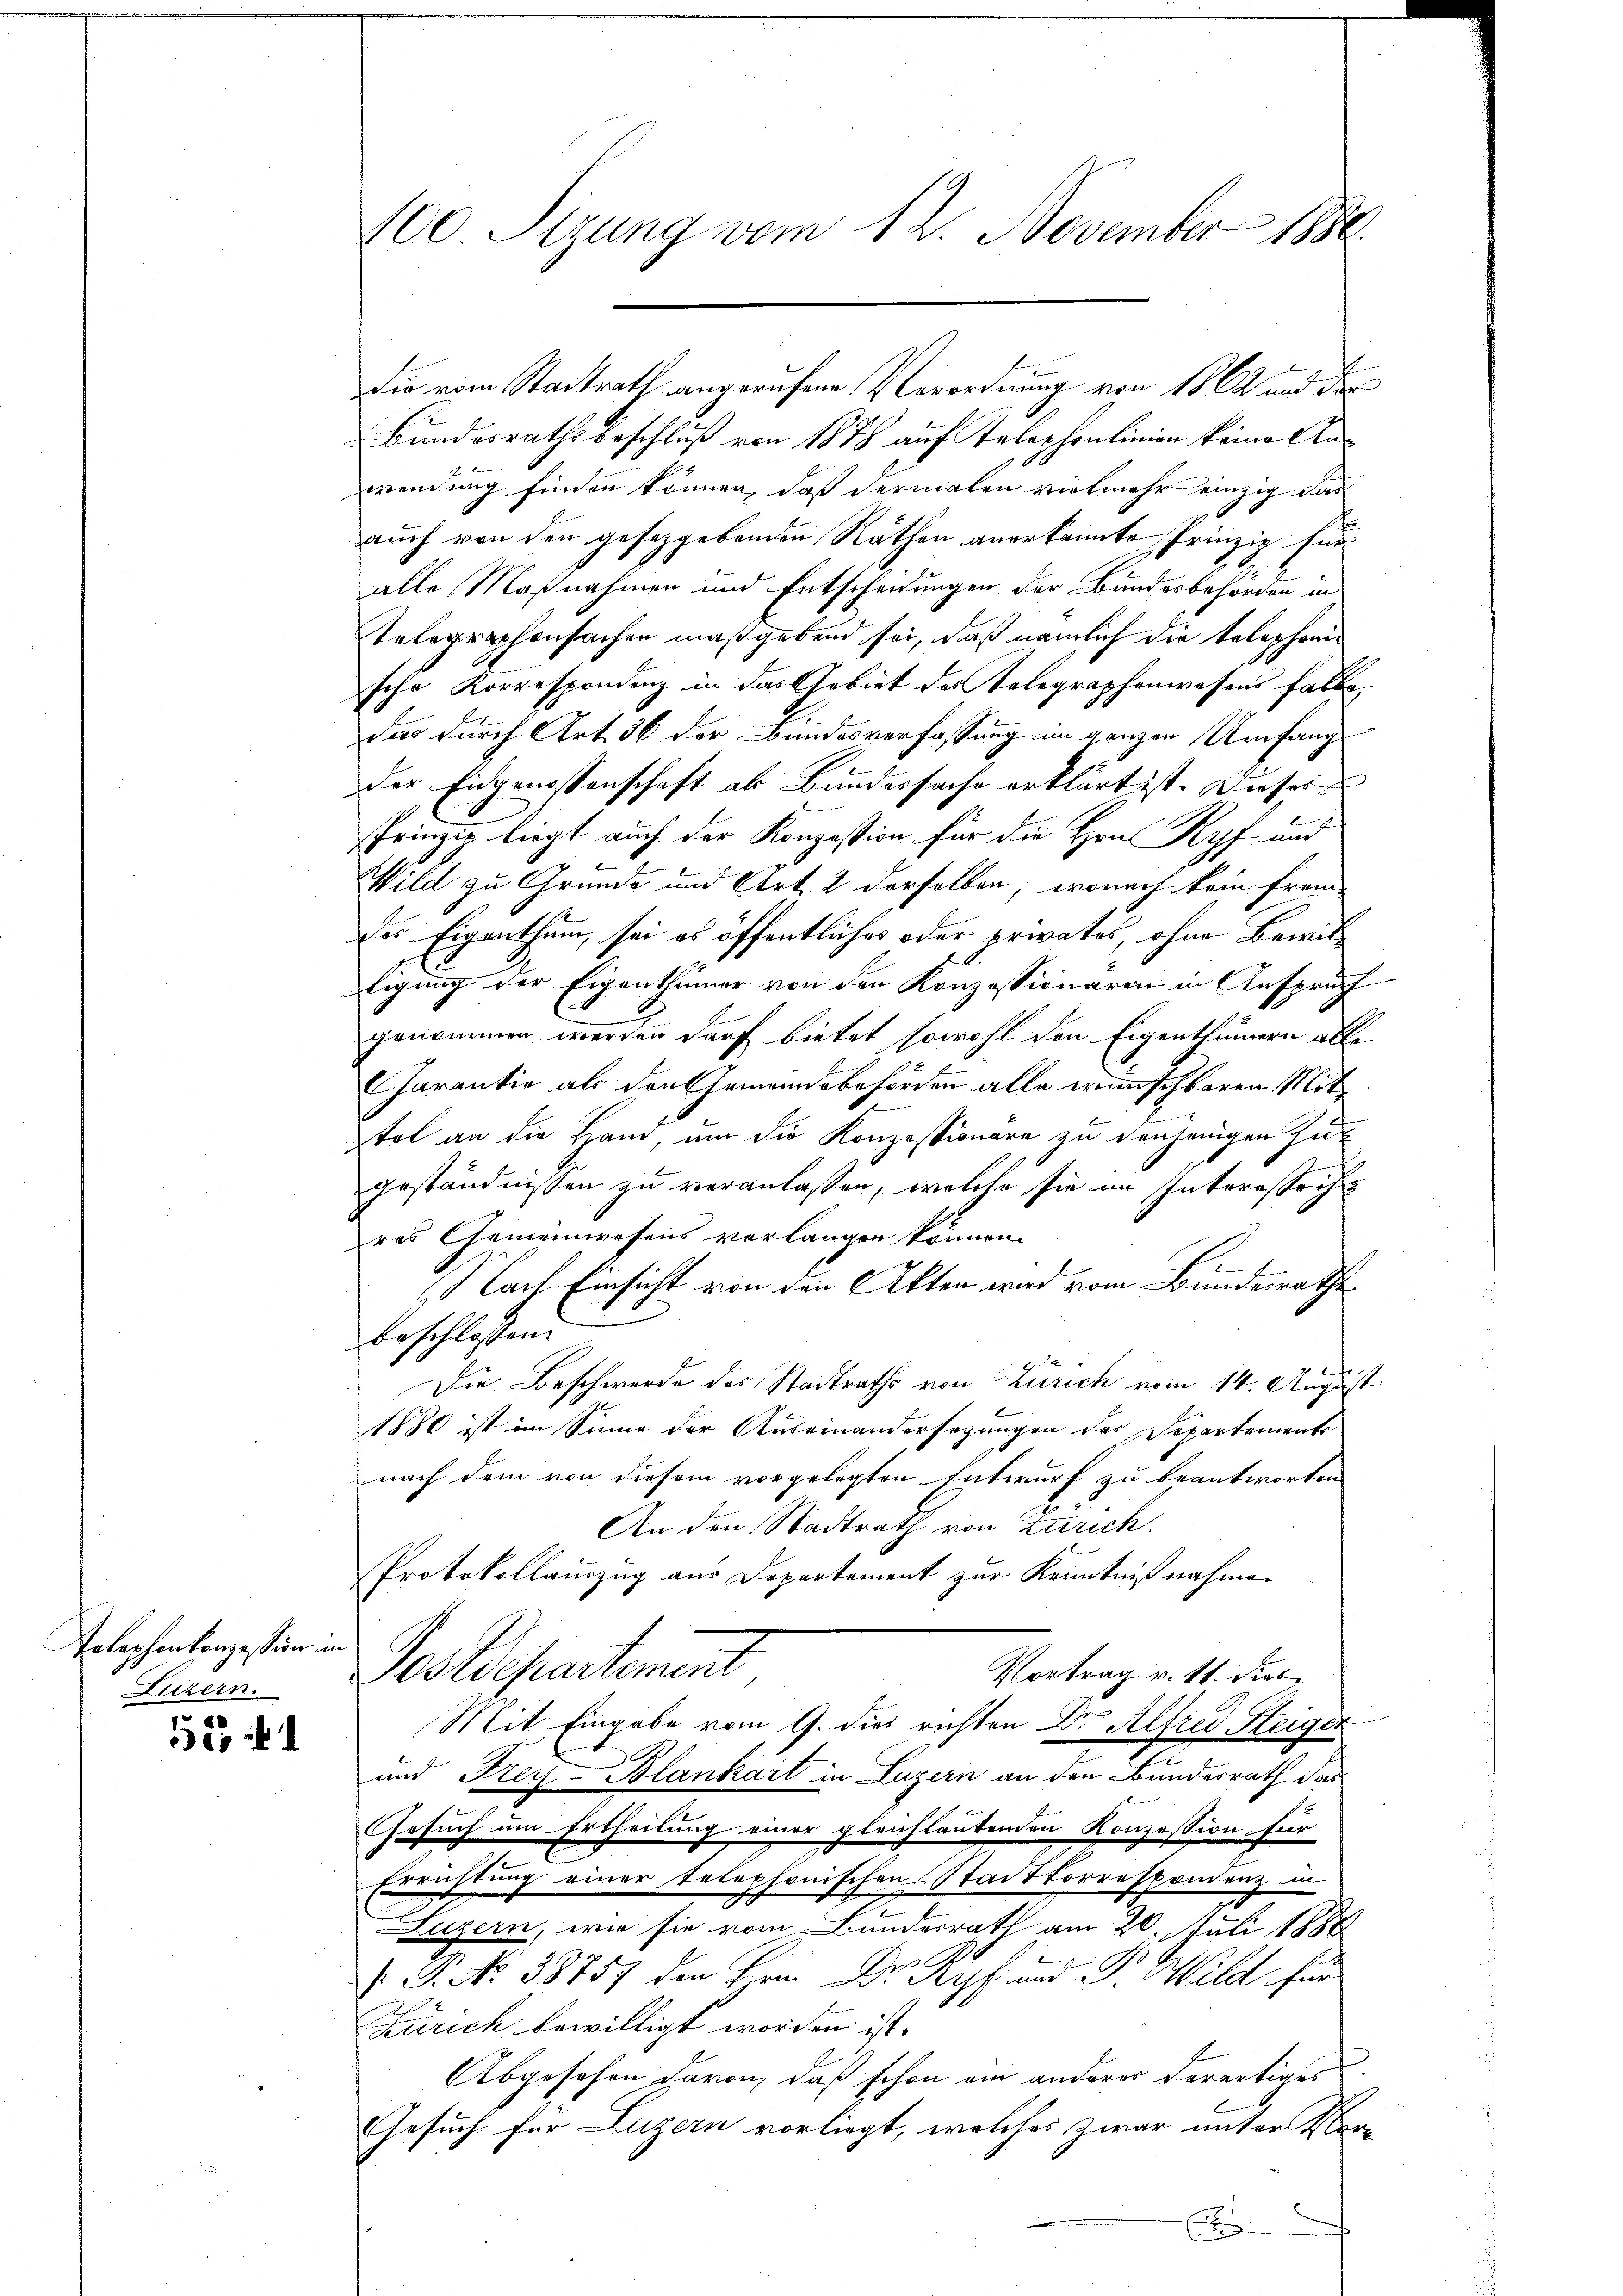
Telephontanzession im

5

100 Sizung vom 12. November 1880

Die vom Stadtrath angerufene Verordnung von 1862 und der
Bundesrathsbeschluß von 1878 auf Telephonlinien keine Anwendung finden können, daß dermalen vielmehr einzig das
auch von den gesetzgebenden Räthen anerkannte Prinzip für
alle Maßnahmen und Entscheidungen der Bundesbehörden in
Telegraphensachen maßgebend sei, daß nämlich der telephonie
sche Korrespondenz in das Gebiet des Telegraphenwesens falle,
ders durch Art. 36 der Bundesverfassung im ganzen Umfang
der Eidgenossenschaft als Bundersache erklärt ist. Dieses
Prinzie liegt auch der Konzession für die Hrn. Kopf und
Wild zu Grunde und Art. 2 derselben, wonach kein frem
des Eigenthum, sei es öffentliches oder privates, ohne Bewilligung der Eigenthümer von den Konzessionaren in Anspruch
genommen werden darf bietet, sowohl den Eigenthümern alle
Jarantie als den Gemeindsbehörden alle wünschbaren Mittol an die Hand, um die Konzessionare zu denjenigen Zugeständnissen zu veranlassen, welche sie im Interestricht
res Gemeinwesens vorlangen können.
Nach Einsicht von den Akten wird vom Bundesrathe
beschlossen:
Die Beschwerde des Stadtraths von Zürich vom 14. August
1880 ist im Sinne der Auseinandersagungen des Separtements
nach dem von diesem vorgelegten Entwurf zu beantworten
An den Stadtrath von Zürich.
Protokollauszug aus Departement zur Kenntnißnahme.
Vortrag v. 11. dies
Licen Postdepartement
Mit Eingabe vom 9. dies richten Dr. Alfred Steiger
s
und Frey-Blankart in Luzern an den Bundesrath das
Gesuch um Ertheilung einer gleichlautenden Konzession für
Errichtung einer telephonischen Stadtkorrespondenz in
Luzern, wie sie vom Bundesrath am 20. Juli 1888
Go
1
 P. Nr. 38757 den Hrn Dr A. und P. Wild für
Zürich bewilligt worden ist.
Abgesehen davon, daß schon ein anderer derartiges
Gesuch für Luzern vorliegt, welches zwar unter Ver-
.